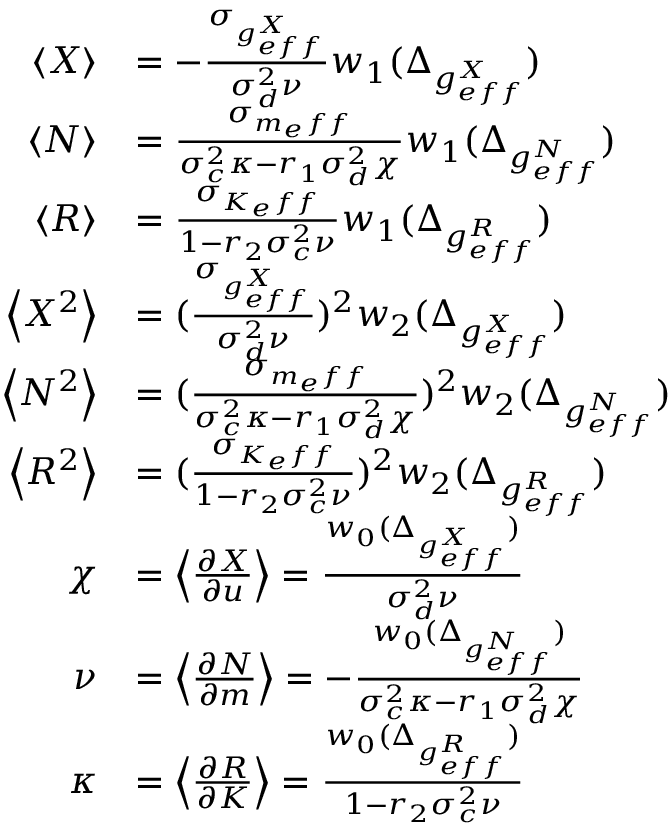
\begin{array} { r l } { \left< X \right> } & { = - \frac { \sigma _ { g _ { e f f } ^ { X } } } { \sigma _ { d } ^ { 2 } \nu } w _ { 1 } ( \Delta _ { g _ { e f f } ^ { X } } ) } \\ { \left< N \right> } & { = \frac { \sigma _ { m _ { e } f f } } { \sigma _ { c } ^ { 2 } \kappa - r _ { 1 } \sigma _ { d } ^ { 2 } \chi } w _ { 1 } ( \Delta _ { g _ { e f f } ^ { N } } ) } \\ { \left< R \right> } & { = \frac { \sigma _ { K _ { e } f f } } { 1 - r _ { 2 } \sigma _ { c } ^ { 2 } \nu } w _ { 1 } ( \Delta _ { g _ { e f f } ^ { R } } ) } \\ { \left< X ^ { 2 } \right> } & { = ( \frac { \sigma _ { g _ { e f f } ^ { X } } } { \sigma _ { d } ^ { 2 } \nu } ) ^ { 2 } w _ { 2 } ( \Delta _ { g _ { e f f } ^ { X } } ) } \\ { \left< N ^ { 2 } \right> } & { = ( \frac { \sigma _ { m _ { e } f f } } { \sigma _ { c } ^ { 2 } \kappa - r _ { 1 } \sigma _ { d } ^ { 2 } \chi } ) ^ { 2 } w _ { 2 } ( \Delta _ { g _ { e f f } ^ { N } } ) } \\ { \left< R ^ { 2 } \right> } & { = ( \frac { \sigma _ { K _ { e } f f } } { 1 - r _ { 2 } \sigma _ { c } ^ { 2 } \nu } ) ^ { 2 } w _ { 2 } ( \Delta _ { g _ { e f f } ^ { R } } ) } \\ { \chi } & { = \left< \frac { \partial X } { \partial u } \right> = \frac { w _ { 0 } ( \Delta _ { g _ { e f f } ^ { X } } ) } { \sigma _ { d } ^ { 2 } \nu } } \\ { \nu } & { = \left< \frac { \partial N } { \partial m } \right> = - \frac { w _ { 0 } ( \Delta _ { g _ { e f f } ^ { N } } ) } { \sigma _ { c } ^ { 2 } \kappa - r _ { 1 } \sigma _ { d } ^ { 2 } \chi } } \\ { \kappa } & { = \left< \frac { \partial R } { \partial K } \right> = \frac { w _ { 0 } ( \Delta _ { g _ { e f f } ^ { R } } ) } { 1 - r _ { 2 } \sigma _ { c } ^ { 2 } \nu } } \end{array}